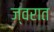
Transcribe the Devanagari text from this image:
ज्वरात